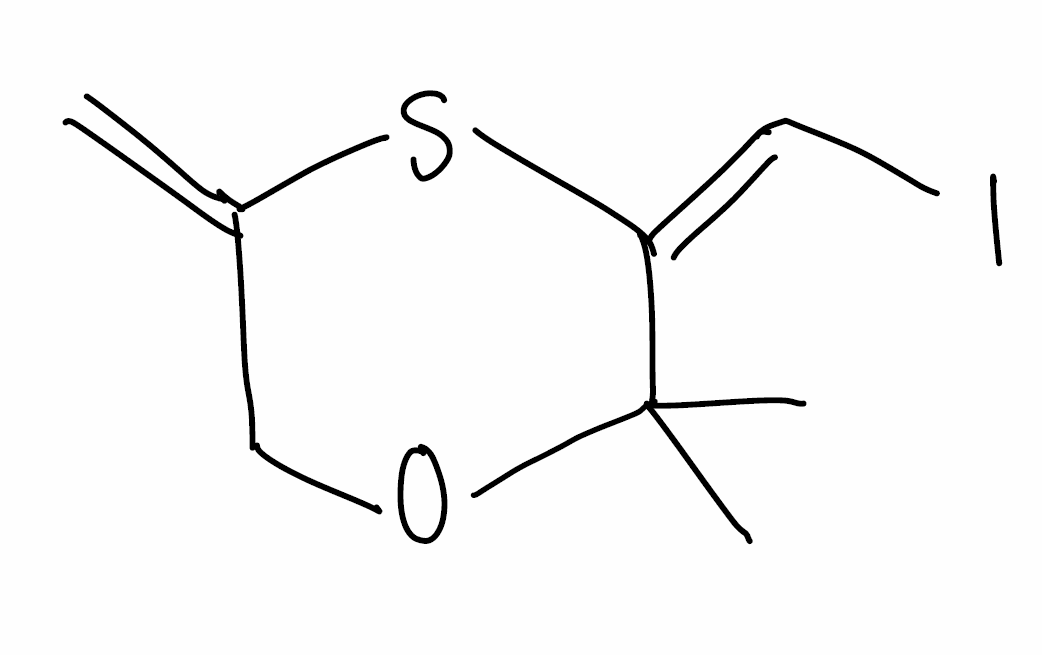
Simplified molecular-input line-entry system (SMILES) notation of the given molecule:
CC1(/C(=C\I)/SC(=C)CO1)C